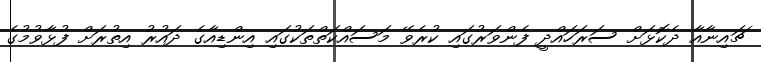
ޗައިނާއާ ދެކޮޅަށް ސަރަހައްދީ ފެންވަރުގައި ކުރެވޭ މަސައްކަތްތަކުގައި އިންޑިއާގެ ދައުރު އިތުރަށް ފުޅާވުމުގެ